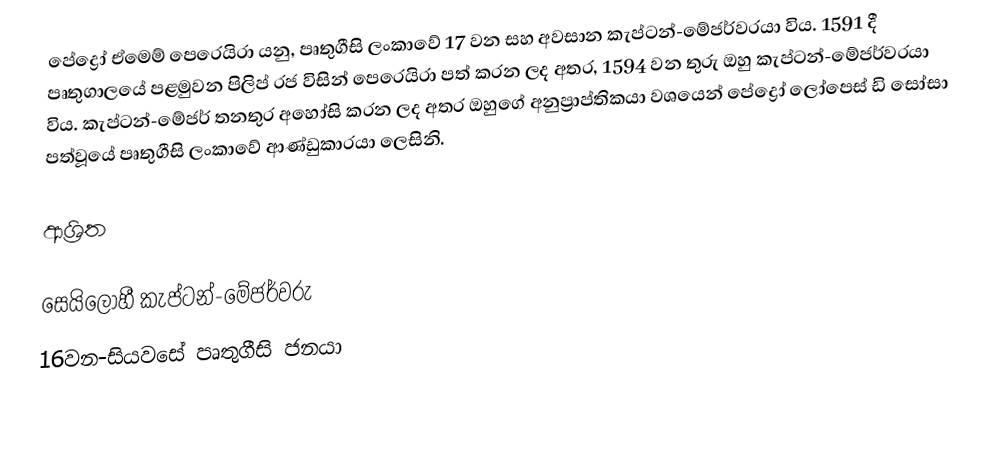
පේද්‍රෝ ඒමෙම් පෙරෙයිරා යනු, පෘතුගීසි ලංකාවේ 17 වන සහ අවසාන  කැප්ටන්-මේජර්වරයා විය. 1591 දී පෘතුගාලයේ පළමුවන පිලිප් රජ විසින් පෙරෙයිරා පත් කරන ලද අතර, 1594 වන තුරු ඔහු කැප්ටන්-මේජර්වරයා විය. කැප්ටන්-මේජර් තනතුර අහෝසි කරන ලද අතර ඔහුගේ අනුප්‍රාප්තිකයා වශයෙන්  පේද්‍රෝ ලෝපෙස් ඩි සෝසා පත්වූයේ  පෘතුගීසි ලංකාවේ ආණ්ඩුකාරයා ලෙසිනි.

ආශ්‍රිත

 සෙයිලෝහී කැප්ටන්-මේජර්වරු
16වන-සියවසේ පෘතුගීසි ජනයා